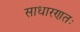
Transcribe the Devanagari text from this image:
साधारणतः